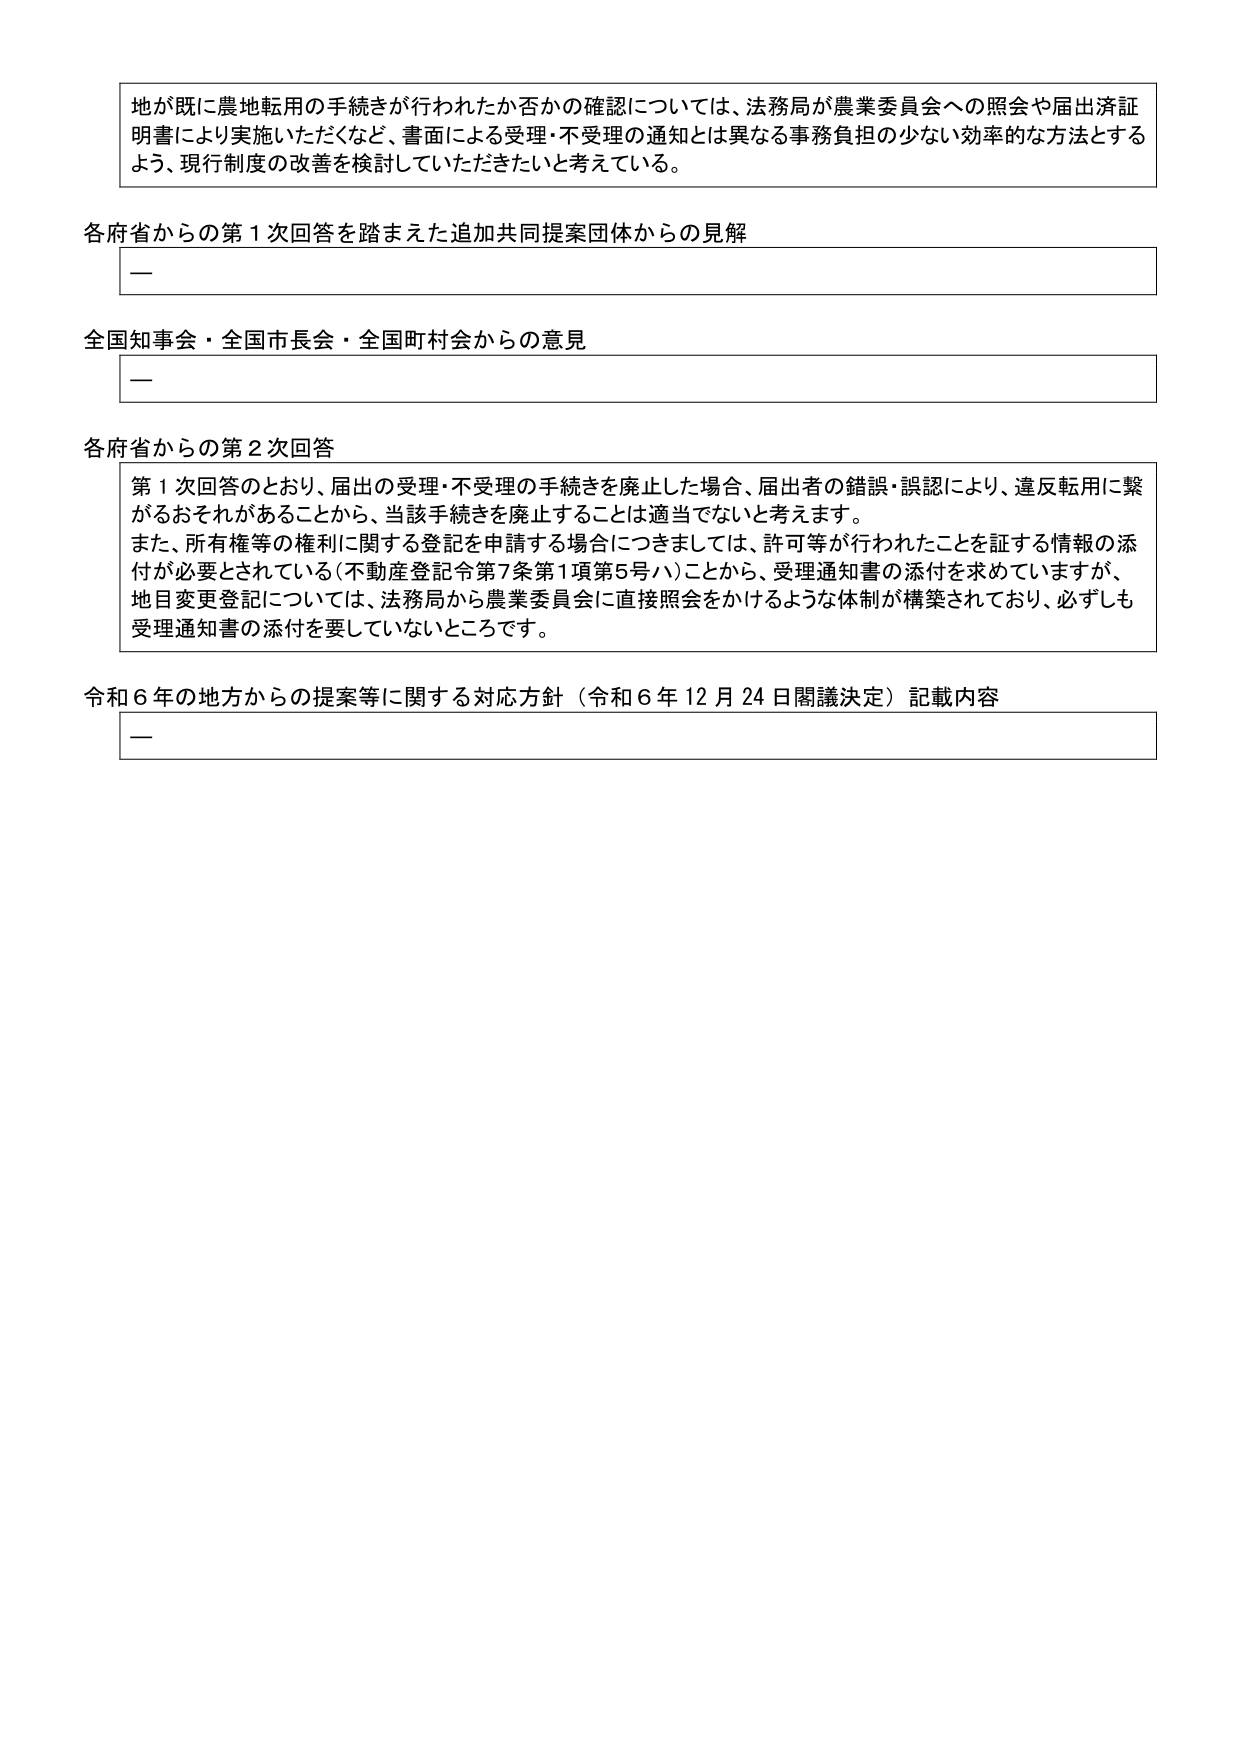
地が既に農地転用の手続きが行われたか否かの確認については、法務局が農業委員会への照会や届出済証明書により実施いただくなど、書面による受理・不受理の通知とは異なる事務負担の少ない効率的な方法とするよう、現行制度の改善を検討していただきたいと考えている。

各府省からの第１次回答を踏まえた追加共同提案団体からの見解
—

全国知事会・全国市長会・全国町村会からの意見
—

各府省からの第２次回答
第１次回答のとおり、届出の受理・不受理の手続きを廃止した場合、届出者の錯誤・誤認により、違反転用に繋がるおそれがあることから、当該手続きを廃止することは適当でないと考えます。
また、所有権等の権利に関する登記を申請する場合につきましては、許可等が行われたことを証する情報の添付が必要とされている（不動産登記令第7条第1項第5号ハ）ことから、受理通知書の添付を求めていますが、地目変更登記については、法務局から農業委員会に直接照会をかけるような体制が構築されており、必ずしも受理通知書の添付を要していないところです。

令和６年の地方からの提案等に関する対応方針（令和６年12月24日閣議決定）記載内容
—